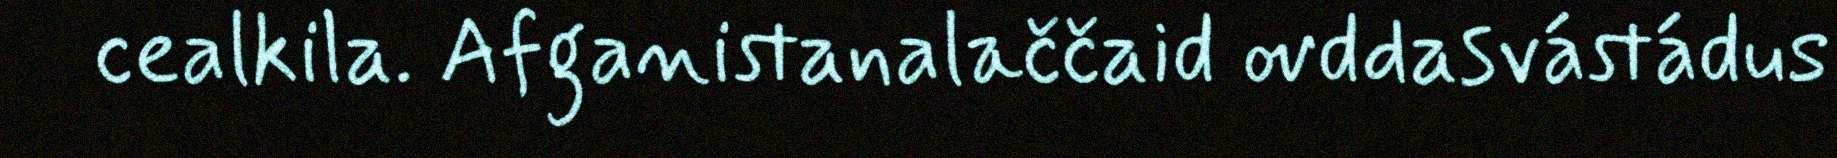
cealkila. Afganistanalaččaid ovddasvástádus